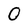
Character: O